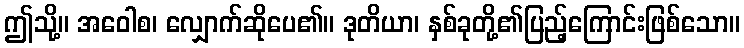
ဤသို့။ အဝေါစ၊ လျှောက်ဆိုပေ၏။ ဒုတိယာ၊ နှစ်ခုတို့၏ပြည့်ကြောင်းဖြစ်သော။